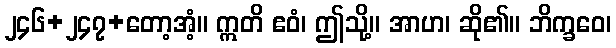
၂၄၆+၂၄၇+တော့အံ့။ ဣတိ ဧဝံ၊ ဤသို့။ အာဟ၊ ဆို၏။ ဘိက္ခဝေ၊